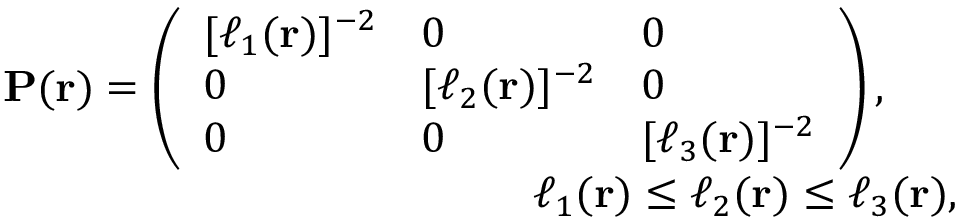
\begin{array} { r } { \mathbf { P } ( \mathbf { r } ) = \left( \begin{array} { l l l } { [ \ell _ { 1 } ( \mathbf { r } ) ] ^ { - 2 } } & { 0 } & { 0 } \\ { 0 } & { [ \ell _ { 2 } ( \mathbf { r } ) ] ^ { - 2 } } & { 0 } \\ { 0 } & { 0 } & { [ \ell _ { 3 } ( \mathbf { r } ) ] ^ { - 2 } } \end{array} \right) , \quad \quad } \\ { \ell _ { 1 } ( \mathbf { r } ) \le \ell _ { 2 } ( \mathbf { r } ) \le \ell _ { 3 } ( \mathbf { r } ) , ~ } \end{array}